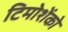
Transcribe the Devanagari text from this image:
टिमोशेंको